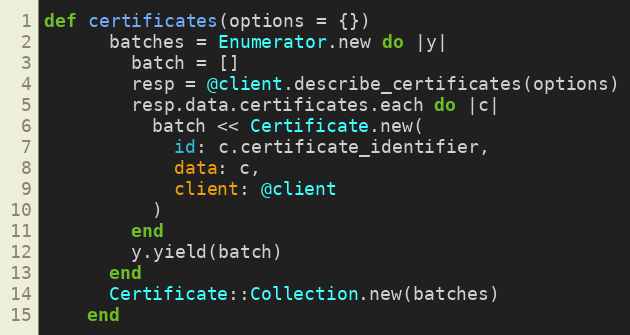
Language: Ruby
def certificates(options = {})
      batches = Enumerator.new do |y|
        batch = []
        resp = @client.describe_certificates(options)
        resp.data.certificates.each do |c|
          batch << Certificate.new(
            id: c.certificate_identifier,
            data: c,
            client: @client
          )
        end
        y.yield(batch)
      end
      Certificate::Collection.new(batches)
    end